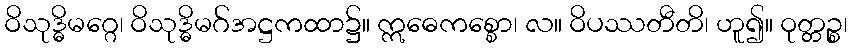
ဝိသုဒ္ဓိမဂ္ဂေ၊ ဝိသုဒ္ဓိမဂ်အဋ္ဌကထာ၌။ ဣဓေကစ္စော၊ လ။ ဝိပဿတီတိ၊ ဟူ၍။ ဝုတ္တဉ္စ၊